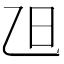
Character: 𣄽